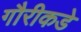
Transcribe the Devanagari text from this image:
गौरीकडे